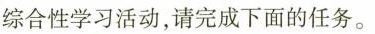
综合性学习活动，请完成下面的任务。(